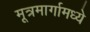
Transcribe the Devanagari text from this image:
मूत्रमार्गामध्ये